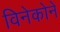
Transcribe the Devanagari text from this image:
विनेकोने